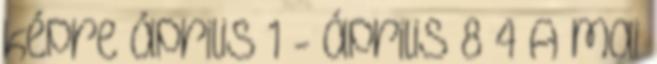
képre április 1 - április 8 4 A mai